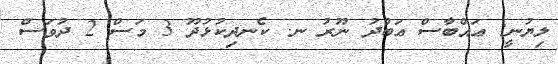
ލިޔުނީ: ޢައްބާސް ޢަބްދު ނޫރު ނ. ކެނދިކުޅުދޫ 3 މަސް 2 ދުވަސް